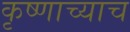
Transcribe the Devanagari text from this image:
कृष्णाच्याच